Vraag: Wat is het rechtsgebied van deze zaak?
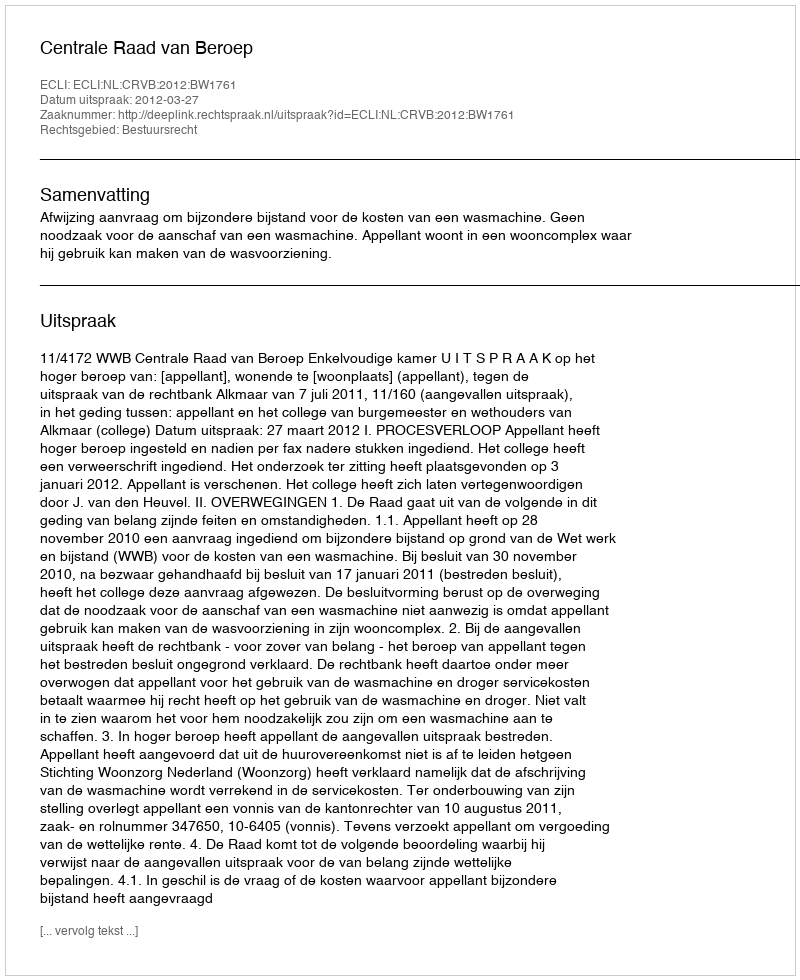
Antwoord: Bestuursrecht